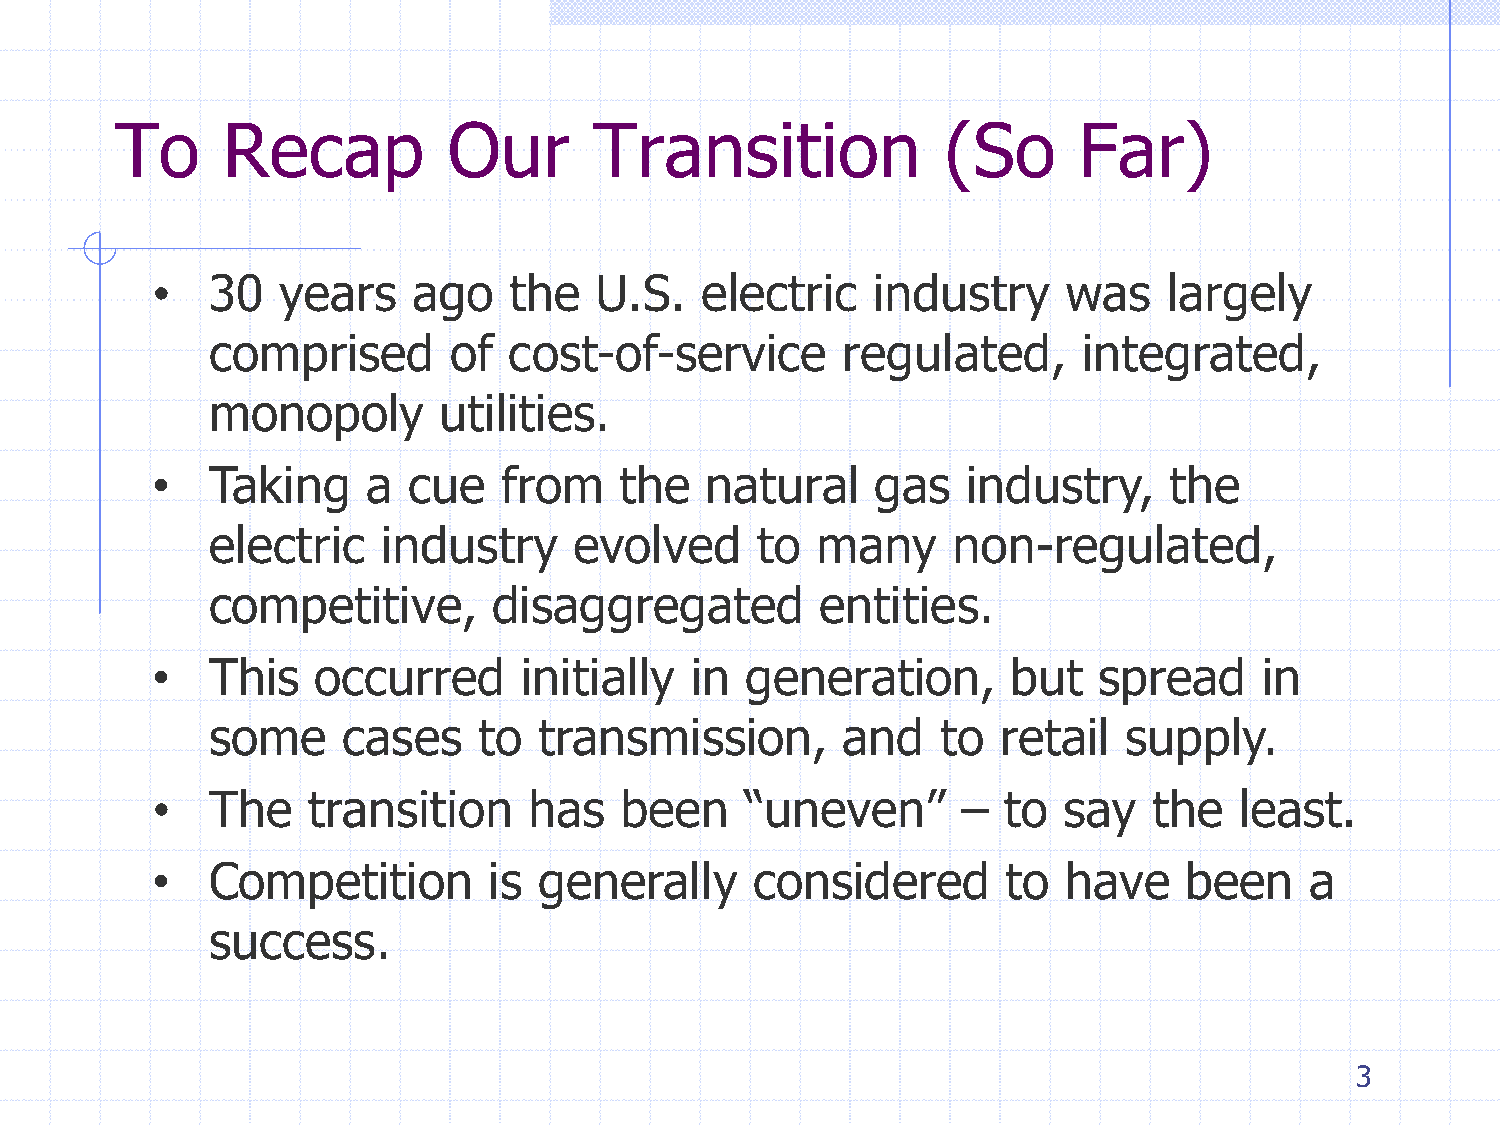
To     Recap          Our      Transition              (So     Far)
 •   30  years    ago    the  U.S.   electric    industry     was   largely
 comprised       of  cost-of-service       regulated,      integrated,
 monopoly       utilities.
 •   Taking    a  cue   from    the   natural    gas   industry,    the
 electric   industry     evolved     to  many     non-regulated,
 competitive,       disaggregated        entities.
 •   This   occurred      initially  in generation,       but   spread     in
 some     cases    to  transmission,       and   to  retail   supply.
 •   The   transition     has   been    “uneven”       – to  say   the   least.
 •   Competition       is  generally     considered       to  have   been     a
 success.
 3